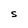
Character: S